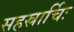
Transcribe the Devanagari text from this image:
सहस्रार्चिः